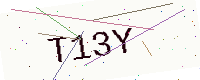
Text: T13Y